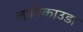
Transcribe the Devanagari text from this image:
लातिकाउडा